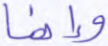
وإنما